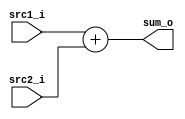
//Subject:     CO project 2 - Adder
//--------------------------------------------------------------------------------
//Version:     1
//--------------------------------------------------------------------------------
//Writer:      0416111 0540112
//----------------------------------------------
//Date:        
//----------------------------------------------
//Description: 
//--------------------------------------------------------------------------------

module Adder(
    src1_i,
	src2_i,
	sum_o
	);
     
//I/O ports
input  [32-1:0]  src1_i;
input  [32-1:0]	 src2_i;
output [32-1:0]	 sum_o;

//Internal Signals
wire    [32-1:0]	 sum_o;
reg     [32-1:0]	 sum;
//Parameter
assign sum_o=sum;
//Main function
always@(*)begin
 sum<=src1_i+src2_i;
end

endmodule